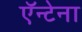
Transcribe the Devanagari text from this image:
ऍन्टेना